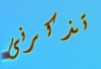
تذكرنى